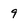
Character: 9